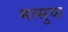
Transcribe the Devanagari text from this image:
मत्सुया